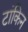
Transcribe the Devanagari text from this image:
टांकिन